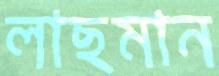
লাছমান